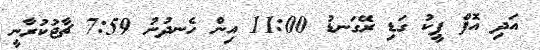
އަދި އޮފް ޕީކު ގަޑި ރޭގަނޑު 11:00 އިން ހެނދުނު 7:59 ޗާޖުކުރާނީ